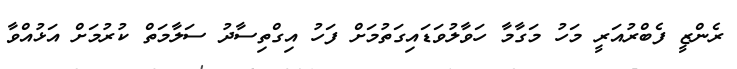
ރެންޒީ ފެބްރުއަރީ މަހު މަގާމާ ހަވާލުވަޑައިގަތުމަށް ފަހު އިގްތިސާދު ސަލާމަތް ކުރުމަށް އަޅުއްވާ